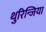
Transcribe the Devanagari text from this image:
थुरिन्जिया